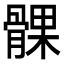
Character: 髁